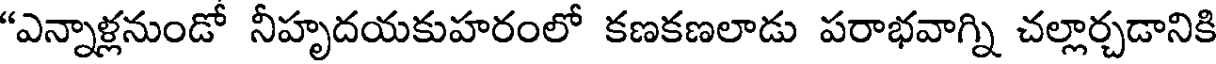
"ఎన్నాళ్లనుండో నీహృదయకుహరంలో కణకణలాడు పరాభవాగ్ని చల్లార్చడానికి